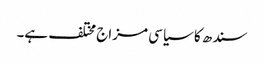
سندھ کا سیاسی مزاج مختلف ہے۔